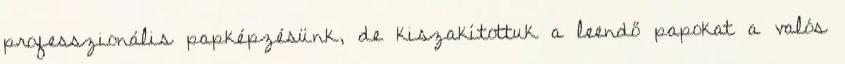
professzionális papképzésünk, de kiszakítottuk a leendő papokat a valós